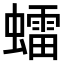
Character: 𧒽